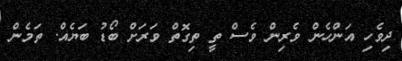
ދިވެހި އަންހެން ވެރިން ވެސް ތީ ތިގޮތް ވަރަށް ބޯޑު ބަޔެއް. ތަމެން